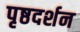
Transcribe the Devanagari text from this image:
पृष्ठदर्शन